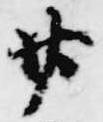
廿